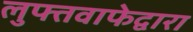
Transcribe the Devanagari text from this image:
लुफ्तवाफेद्वारा